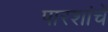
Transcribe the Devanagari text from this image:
पारशांचे